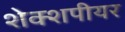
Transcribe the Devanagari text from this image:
शेक्शपीयर